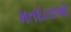
મતદાતાઓ